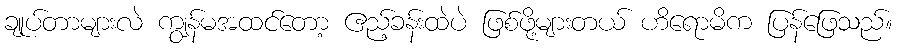
ချုပ်တာများလဲ ကျွန်မအထင်တော့ ဧည့်ခန်းထဲပဲ ဖြစ်ဖို့များတယ် ဟိရောမိက ပြန်ဖြေသည်။